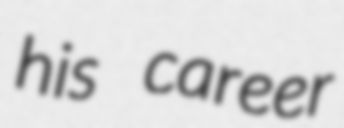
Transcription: his career